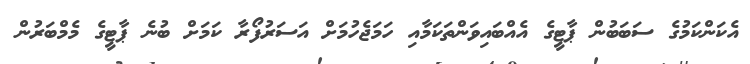
އެކަންކަމުގެ ސަބަބުން ޕާޓީގެ އެއްބައިވަންތަކަމާއި ހަމަޖެހުމަށް އަސަރުފޯރާ ކަމަށް ބުނެ ޕާޓީގެ މެމްބަރުން